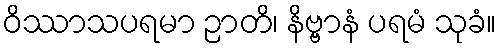
ဝိဿာသပရမာ ဉာတိ၊ နိဗ္ဗာနံ ပရမံ သုခံ။